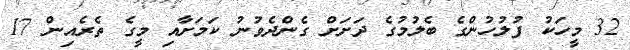
32 މީހަކު ފުލުހުންގެ ބެލުމުގެ ދަށަށް ގެންދެވުނު ކަމަށާއި މީގެ ތެރެއިން 17